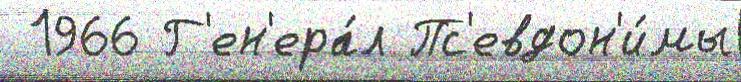
 1966 Г'ен'ера́л Пс'евдон'и́мы